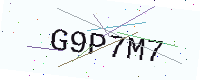
Text: G9P7M7